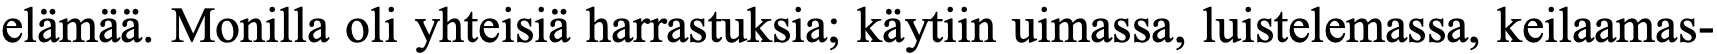
elämää. Monilla oli yhteisiä harrastuksia; käytiin uimassa, luistelemassa, keilaamas-